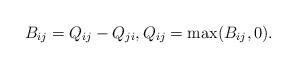
LaTeX: \begin{align*}B_{ij}=Q_{ij}-Q_{ji},Q_{ij}=\max(B_{ij},0).\end{align*}